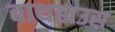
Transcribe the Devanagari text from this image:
बाथहाउस